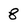
Character: 8